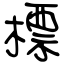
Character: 標